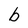
Character: b